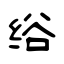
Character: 绤